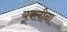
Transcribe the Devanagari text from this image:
यूक्लीना